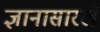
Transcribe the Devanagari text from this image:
ज्ञानासारखे